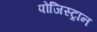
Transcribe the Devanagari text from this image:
पोजिस्ट्रान